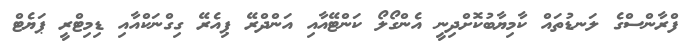
ފްރާންސްގެ ލަނޑުތައް ކާމިޔާބުކޮށްދިނީ އެންގޯލޯ ކަންޓޭއާއި އަންދްރޭ ޕިއެރޭ ގިގްނަކްއާއި ޑިމިޓްރީ ޕަޔެޓް